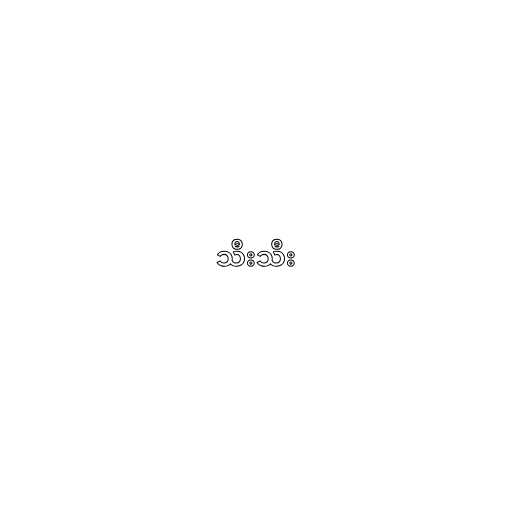
သီးသီး